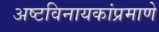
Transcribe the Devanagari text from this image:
अष्टविनायकांप्रमाणे